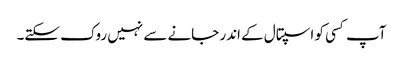
آپ کسی کو اسپتال کے اندر جانے سے نہیں روک سکتے۔